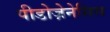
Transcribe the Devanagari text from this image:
पीडोज़ेनेसिस